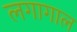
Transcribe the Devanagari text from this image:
लगागाल